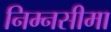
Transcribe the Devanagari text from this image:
निम्नसीमा